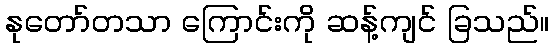
နုတော်တသာ ကြောင်းကို ဆန့်ကျင် ခြသည်။